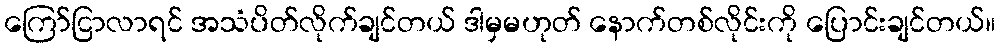
ကြော်ငြာလာရင် အသံပိတ်လိုက်ချင်တယ် ဒါမှမဟုတ် နောက်တစ်လိုင်းကို ပြောင်းချင်တယ်။